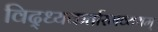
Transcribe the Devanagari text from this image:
विद्ध्यकर्तारमव्ययम्‌